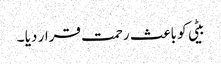
بیٹی کو باعث رحمت قرار دیا ۔